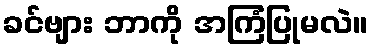
ခင်ဗျား ဘာကို အကြံပြုမလဲ။